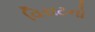
વિરાટનો